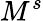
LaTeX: M^{s}